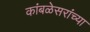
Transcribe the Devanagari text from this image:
कांबळेसरांच्या